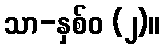
သာ-နှစ်ဝ (၂)။